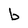
Character: b